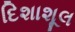
દિશાશૂલ